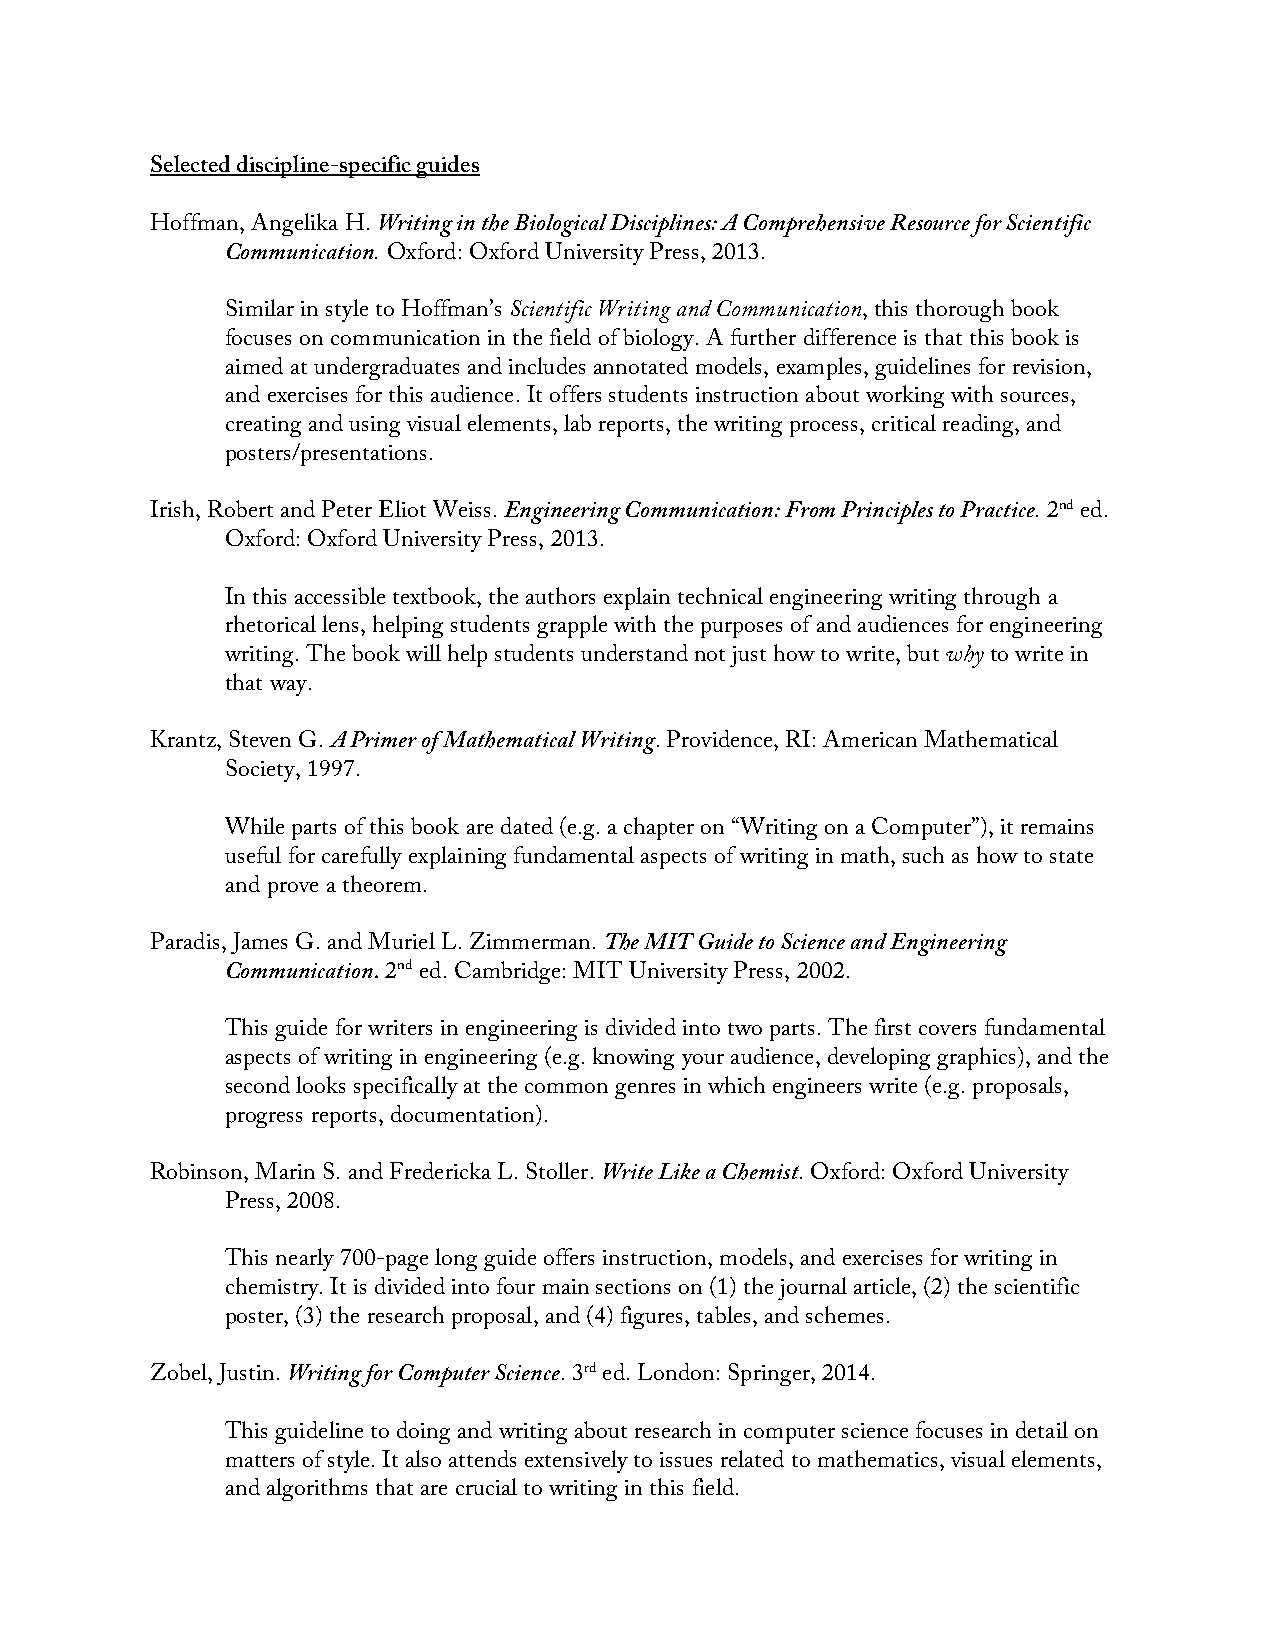
Selected discipline-specific guides
 Hoffman, Angelika H. Writing in the Biological Disciplines: A Comprehensive Resource for Scientific
 Communication. Oxford: Oxford University Press, 2013.
 Similar in style to Hoffman’s Scientific Writing and Communication, this thorough book
 focuses on communication in the field of biology. A further difference is that this book is
 aimed at undergraduates and includes annotated models, examples, guidelines for revision,
 and exercises for this audience. It offers students instruction about working with sources,
 creating and using visual elements, lab reports, the writing process, critical reading, and
 posters/presentations.
 Irish, Robert and Peter Eliot Weiss. Engineering Communication: From Principles to Practice. 2nd ed.
 Oxford: Oxford University Press, 2013.
 In this accessible textbook, the authors explain technical engineering writing through a
 rhetorical lens, helping students grapple with the purposes of and audiences for engineering
 writing. The book will help students understand not just how to write, but why to write in
 that way.
 Krantz, Steven G. A Primer of Mathematical Writing. Providence, RI: American Mathematical
 Society, 1997.
 While parts of this book are dated (e.g. a chapter on “Writing on a Computer”), it remains
 useful for carefully explaining fundamental aspects of writing in math, such as how to state
 and prove a theorem.
 Paradis, James G. and Muriel L. Zimmerman. The MIT Guide to Science and Engineering
 Communication. 2nd ed. Cambridge: MIT University Press, 2002.
 This guide for writers in engineering is divided into two parts. The first covers fundamental
 aspects of writing in engineering (e.g. knowing your audience, developing graphics), and the
 second looks specifically at the common genres in which engineers write (e.g. proposals,
 progress reports, documentation).
 Robinson, Marin S. and Fredericka L. Stoller. Write Like a Chemist. Oxford: Oxford University
 Press, 2008.
 This nearly 700-page long guide offers instruction, models, and exercises for writing in
 chemistry. It is divided into four main sections on (1) the journal article, (2) the scientific
 poster, (3) the research proposal, and (4) figures, tables, and schemes.
 Zobel, Justin. Writing for Computer Science. 3rd ed. London: Springer, 2014.
 This guideline to doing and writing about research in computer science focuses in detail on
 matters of style. It also attends extensively to issues related to mathematics, visual elements,
 and algorithms that are crucial to writing in this field.